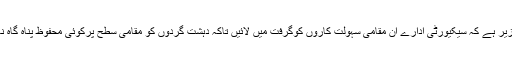
اس لیے ناگزیر ہے کہ سیکیورٹی ادارے ان مقامی سہولت کاروں کوگرفت میں لائیں تاکہ دہشت گردوں کو مقامی سطح پرکوئی محفوظ پناہ گاہ نہ مل سکے۔